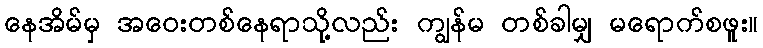
နေအိမ်မှ အဝေးတစ်နေရာသို့လည်း ကျွန်မ တစ်ခါမျှ မရောက်စဖူး။